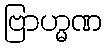
ဗြာဟ္မဏ